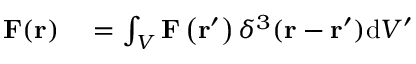
\begin{array} { r l } { \mathbf { F } ( \mathbf { r } ) } & { { } = \int _ { V } \mathbf { F } \left( \mathbf { r } ^ { \prime } \right) \delta ^ { 3 } ( \mathbf { r } - \mathbf { r } ^ { \prime } ) \mathrm { d } V ^ { \prime } } \end{array}